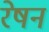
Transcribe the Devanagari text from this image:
रेषन